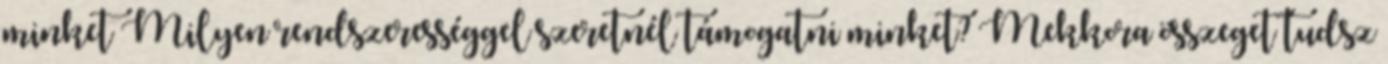
minket Milyen rendszerességgel szeretnél támogatni minket? Mekkora összeget tudsz